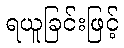
ရယူခြင်းဖြင့်